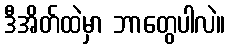
ဒီအိတ်ထဲမှာ ဘာတွေပါလဲ။